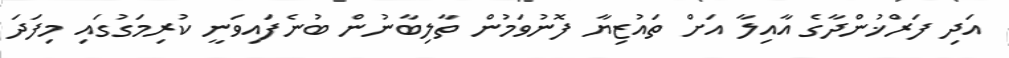
އަދި ފަރްޚުންދާގެ އާއިލާ އަށް ތައުޒިޔާ ފޮނުވަމުން ތާލިބާނުން ބުނެފައިވަނީ ކުރިމަގުގައި މިފަދަ